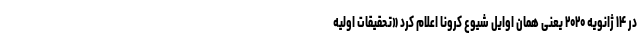
در ۱۴ ژانویه ۲۰۲۰ یعنی همان اوایل شیوع کرونا اعلام کرد «تحقیقات اولیه